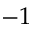
- 1